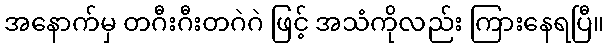
အနောက်မှ တဂီးဂီးတဂဲဂဲ ဖြင့် အသံကိုလည်း ကြားနေရပြီ။